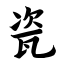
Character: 瓷